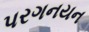
પરગનયન